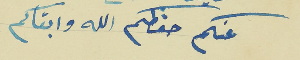
عنكم حفظكم الله وابقاكم